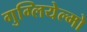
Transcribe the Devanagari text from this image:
गुग्लियेल्मो